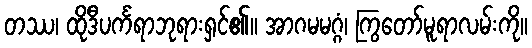
တဿ၊ ထိုဒီပင်္ကရာဘုရားရှင်၏။ အာဂမမဂ္ဂံ၊ ကြွတော်မူရာလမ်းကို။